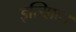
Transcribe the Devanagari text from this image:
इत्यािद।